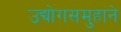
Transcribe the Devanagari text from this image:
उद्योगसमुहाने